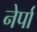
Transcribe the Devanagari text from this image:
नेर्पा